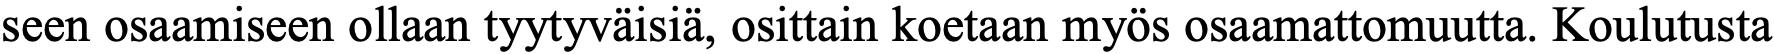
seen osaamiseen ollaan tyytyväisiä, osittain koetaan myös osaamattomuutta. Koulutusta